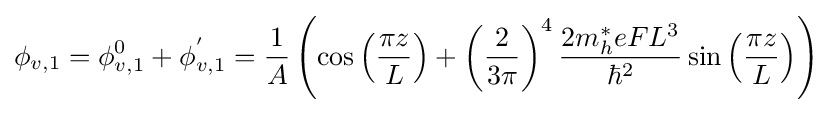
\phi _{v,1}=\phi _{v,1}^{0}+\phi _{v,1}^{'}={\frac {1}{A}}\left(\cos \left({\frac {\pi z}{L}}\right)+\left({\frac {2}{3\pi }}\right)^{4}{\frac {2m_{h}^{*}eFL^{3}}{\hbar ^{2}}}\sin \left({\frac {\pi z}{L}}\right)\right)